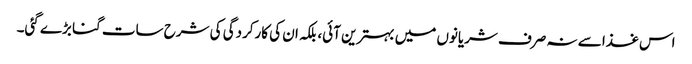
اس غذا سے نہ صرف شریانوں میں بہترین آئی، بلکہ ان کی کارکردگی کی شرح سات گنا بڑے گئی۔